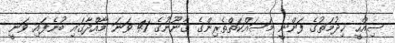
ސިއްހީ ޚިދުމަތުގެ ފަންނީ މަސައްކަތްތެރިންގެ ގާނޫނުގެ 41 ވަނަ މާއްދާގައި ބުނެފައި ވަނީ